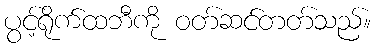
ပွင့်ရိုက်ထဘီကို ဝတ်ဆင်တတ်သည်။